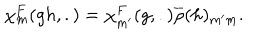
{ \chi } _ { m } ^ { F } ( g h , . ) = { \chi } _ { m ^ { \prime } } ^ { F } ( g , . ) \overline { { { \rho } } } ( h ) _ { m ^ { \prime } m } .